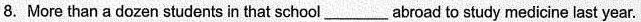
8.More than a dozen students in that school___abroad to study medicine last year.